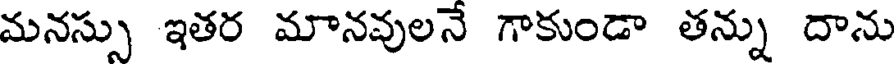
మనస్సు ఇతర మానవులనే గాకుండా తన్ను దాను